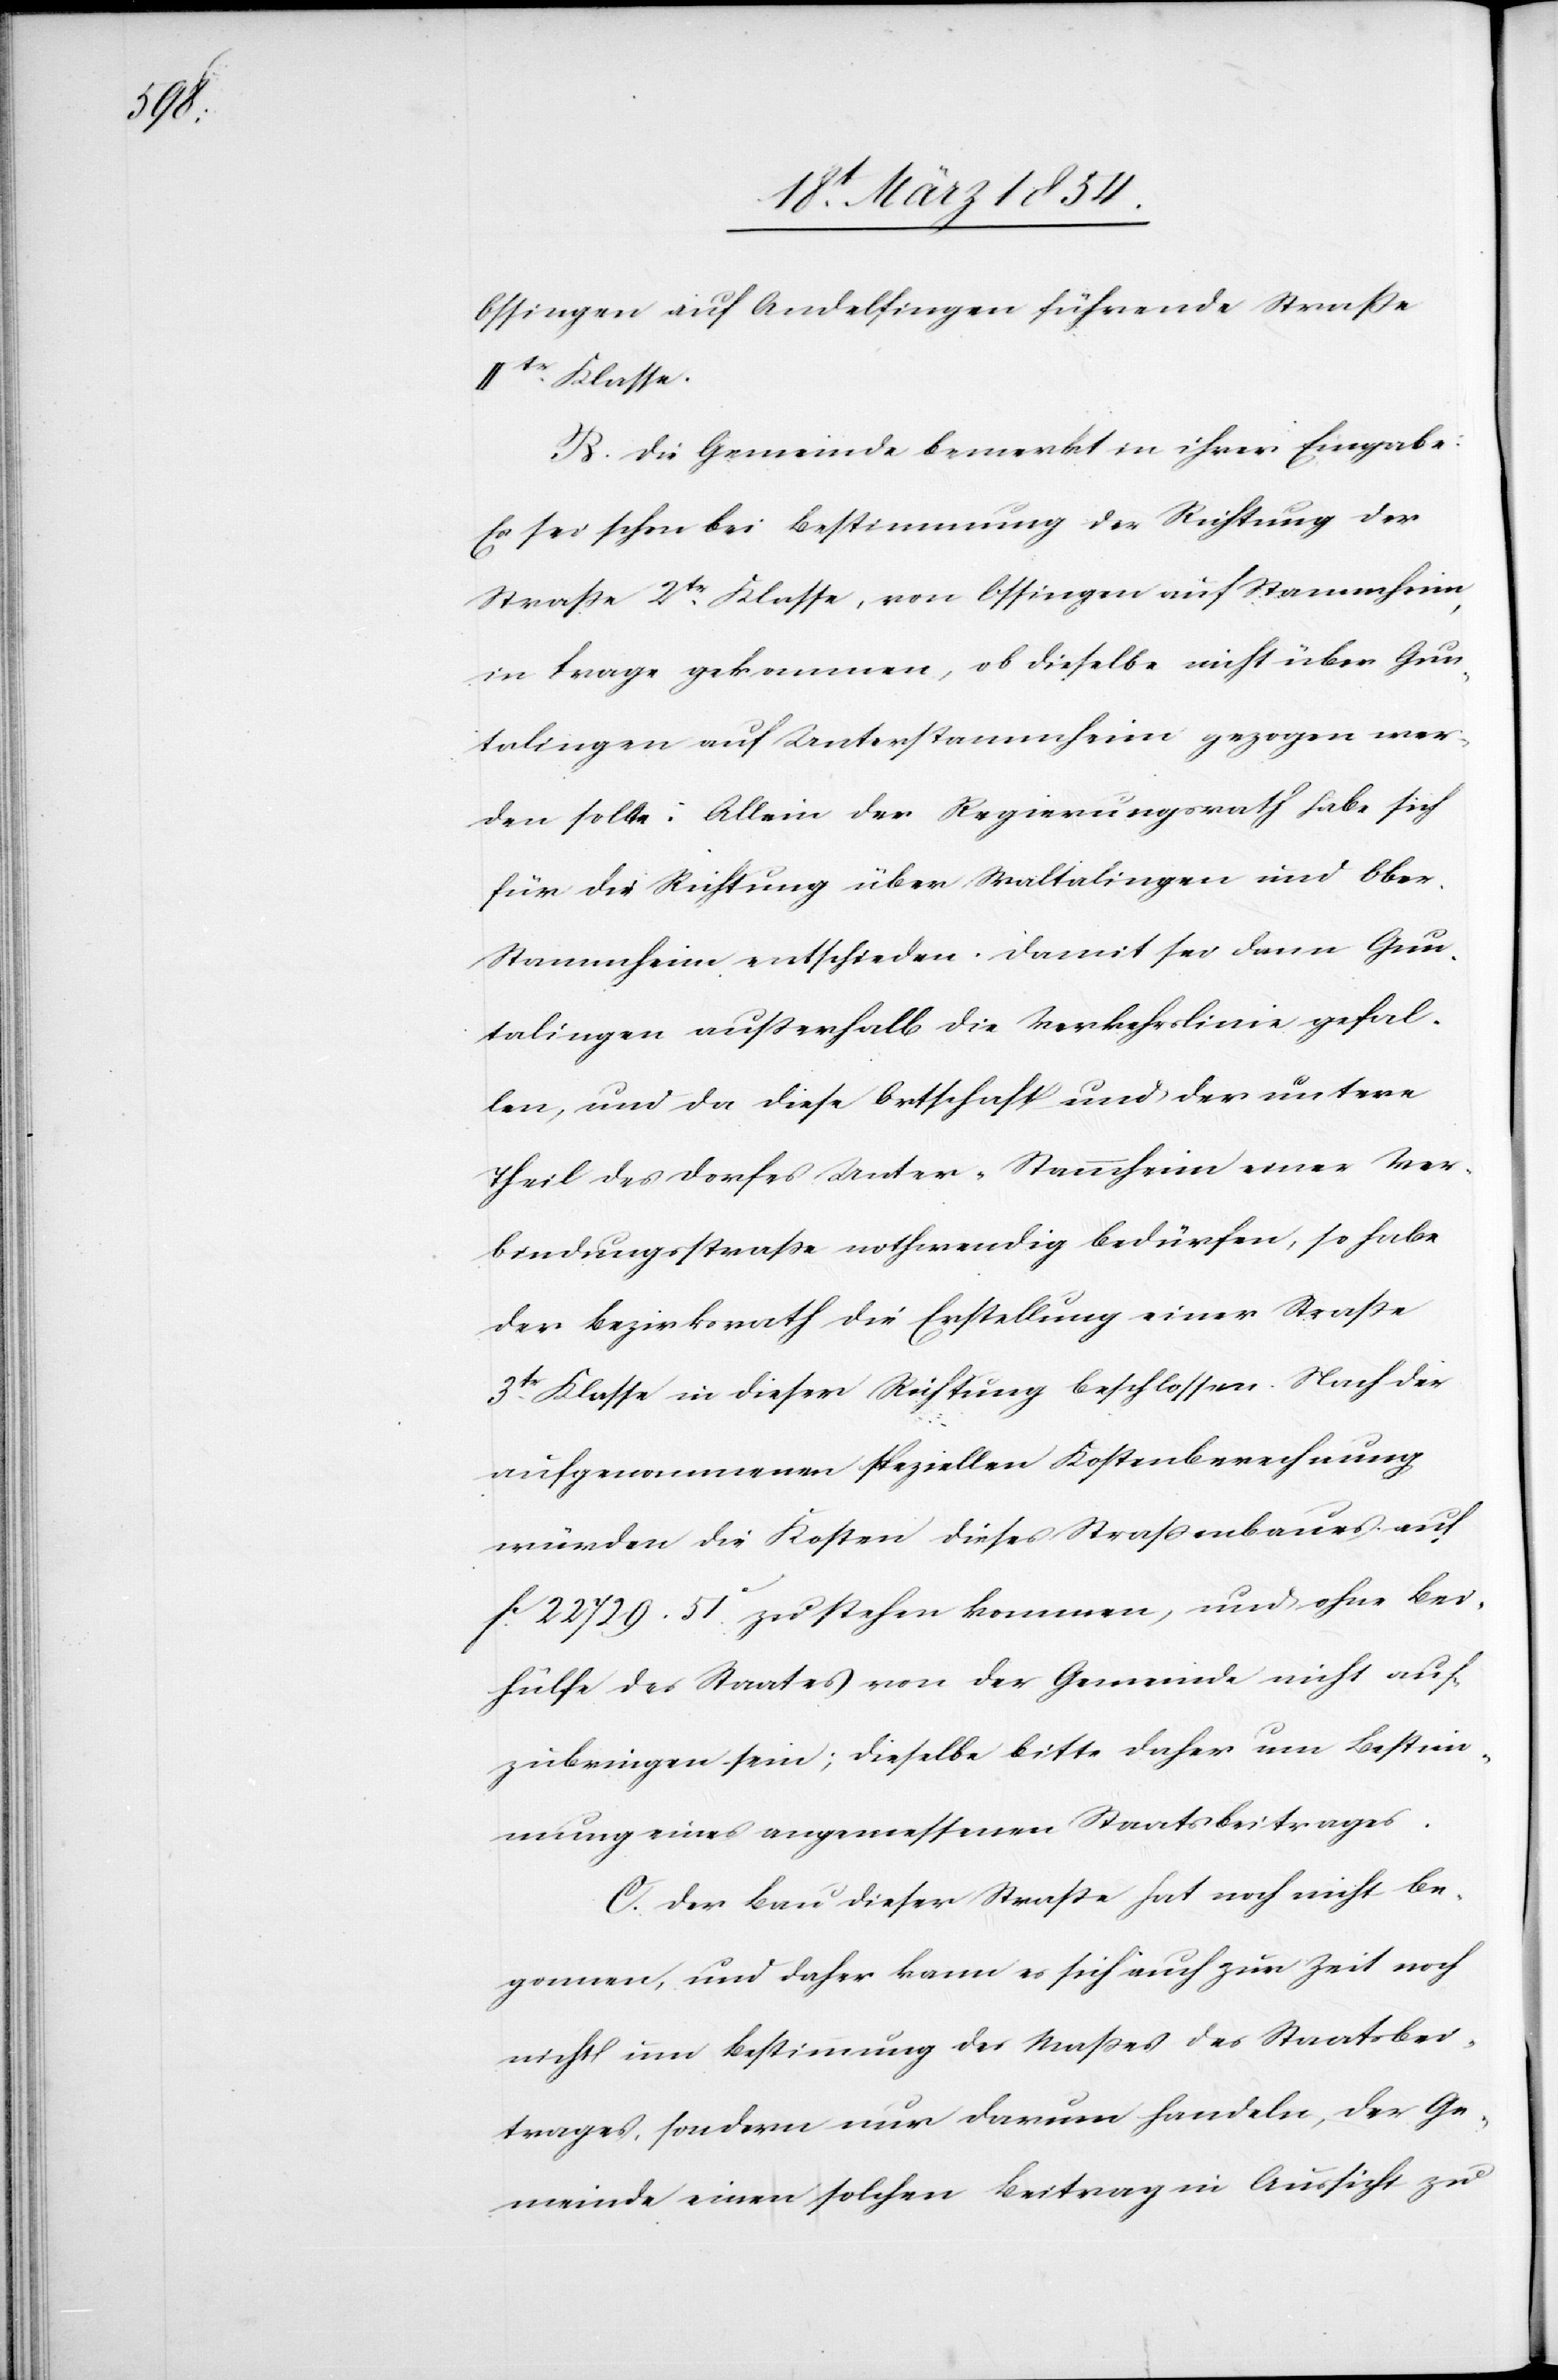
Ossingen auf Andelfingen führende Straße
IItr Klasse.
B. Die Gemeinde bemerkt in ihrer Eingabe:
Es sei schon bei Bestimmung der Richtung der
Straße 2tr Klasse, von Ossingen auf Stammheim,
in Frage gekommen, ob dieselbe nicht über Gun¬
talingen auf Unterstammheim gezogen wer¬
den sollte. Allein der Regierungsrath habe sich
für die Richtung über Waltalingen und Obe¬
r-Stammheim entschieden. Damit sei dann Gun¬
talingen außerhalb die Verkehrslinie gefal¬
len, und da diese Ortschaft und der untere
Theil des Dorfes Unter-Stammheim einer Ver¬
bindungsstraße nothwendig bedürfen, so habe
der Bezirksrath die Erstellung einer Straße
3tr Klasse in dieser Richtung beschlossen. Nach der
aufgenommenen speziellen Kostenberechnung
würden die Kosten dieses Straßenbaues auf
Fc 22 729.51c zu stehen kommen, und ohne Bei¬
hülfe des Staates von der Gemeinde nicht auf¬
zubringen sein; dieselbe Bitte daher um Bestim¬
mung eines angemessenen Staatsbeitrages.
C. Der Bau dieser Straße hat noch nicht be¬
gonnen, und daher kann es sich auch zur Zeit noch
nicht um Bestimmung des Maßes des Staatsbei¬
trages, sondern nur darum handeln, der Ge¬
meinde einen solchen Beitrag in Aussicht zu